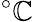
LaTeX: ^{\circ}\mathbb{C}